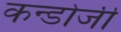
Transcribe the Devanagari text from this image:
कन्डोजी